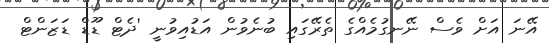
އޭނަ އަށް ވެސް ނޭނގުމެއްގެ ތެރޭގައި ބުނެވުން އަޑުއިވުނީ 'ދެޓް ޑޫޑް ޑަޒަންޓް